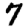
Digit: 7